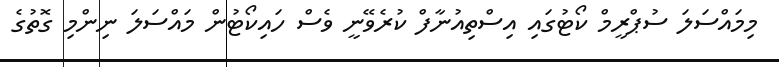
މިމައްސަލަ ސުޕްރީމް ކޯޓުގައި އިސްތިއުނާފް ކުރެވޭނީ ވެސް ހައިކޯޓުން މައްސަލަ ނިންމި ގޮތުގެ